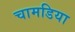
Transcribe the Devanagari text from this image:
चामडिया